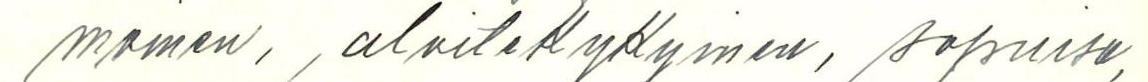
moinen, aloitekykyinen, sopuisa,